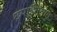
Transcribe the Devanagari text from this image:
छपाईतंत्रात